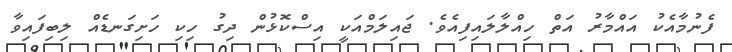
ފެނުމާއެކު އައްމާރު އަތް ހިއްލާލައިފިއެވެ. ޖައިލަމްއަކީ އިސްކޮޅުން ދިގު ހިކި ހަށިގަނޑެއް ލިބިފައިވާ